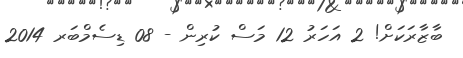
ބާޒާރަކަށް! 2 އަހަރު 12 މަސް ކުރިން - 08 ޑިސެމްބަރ 2014